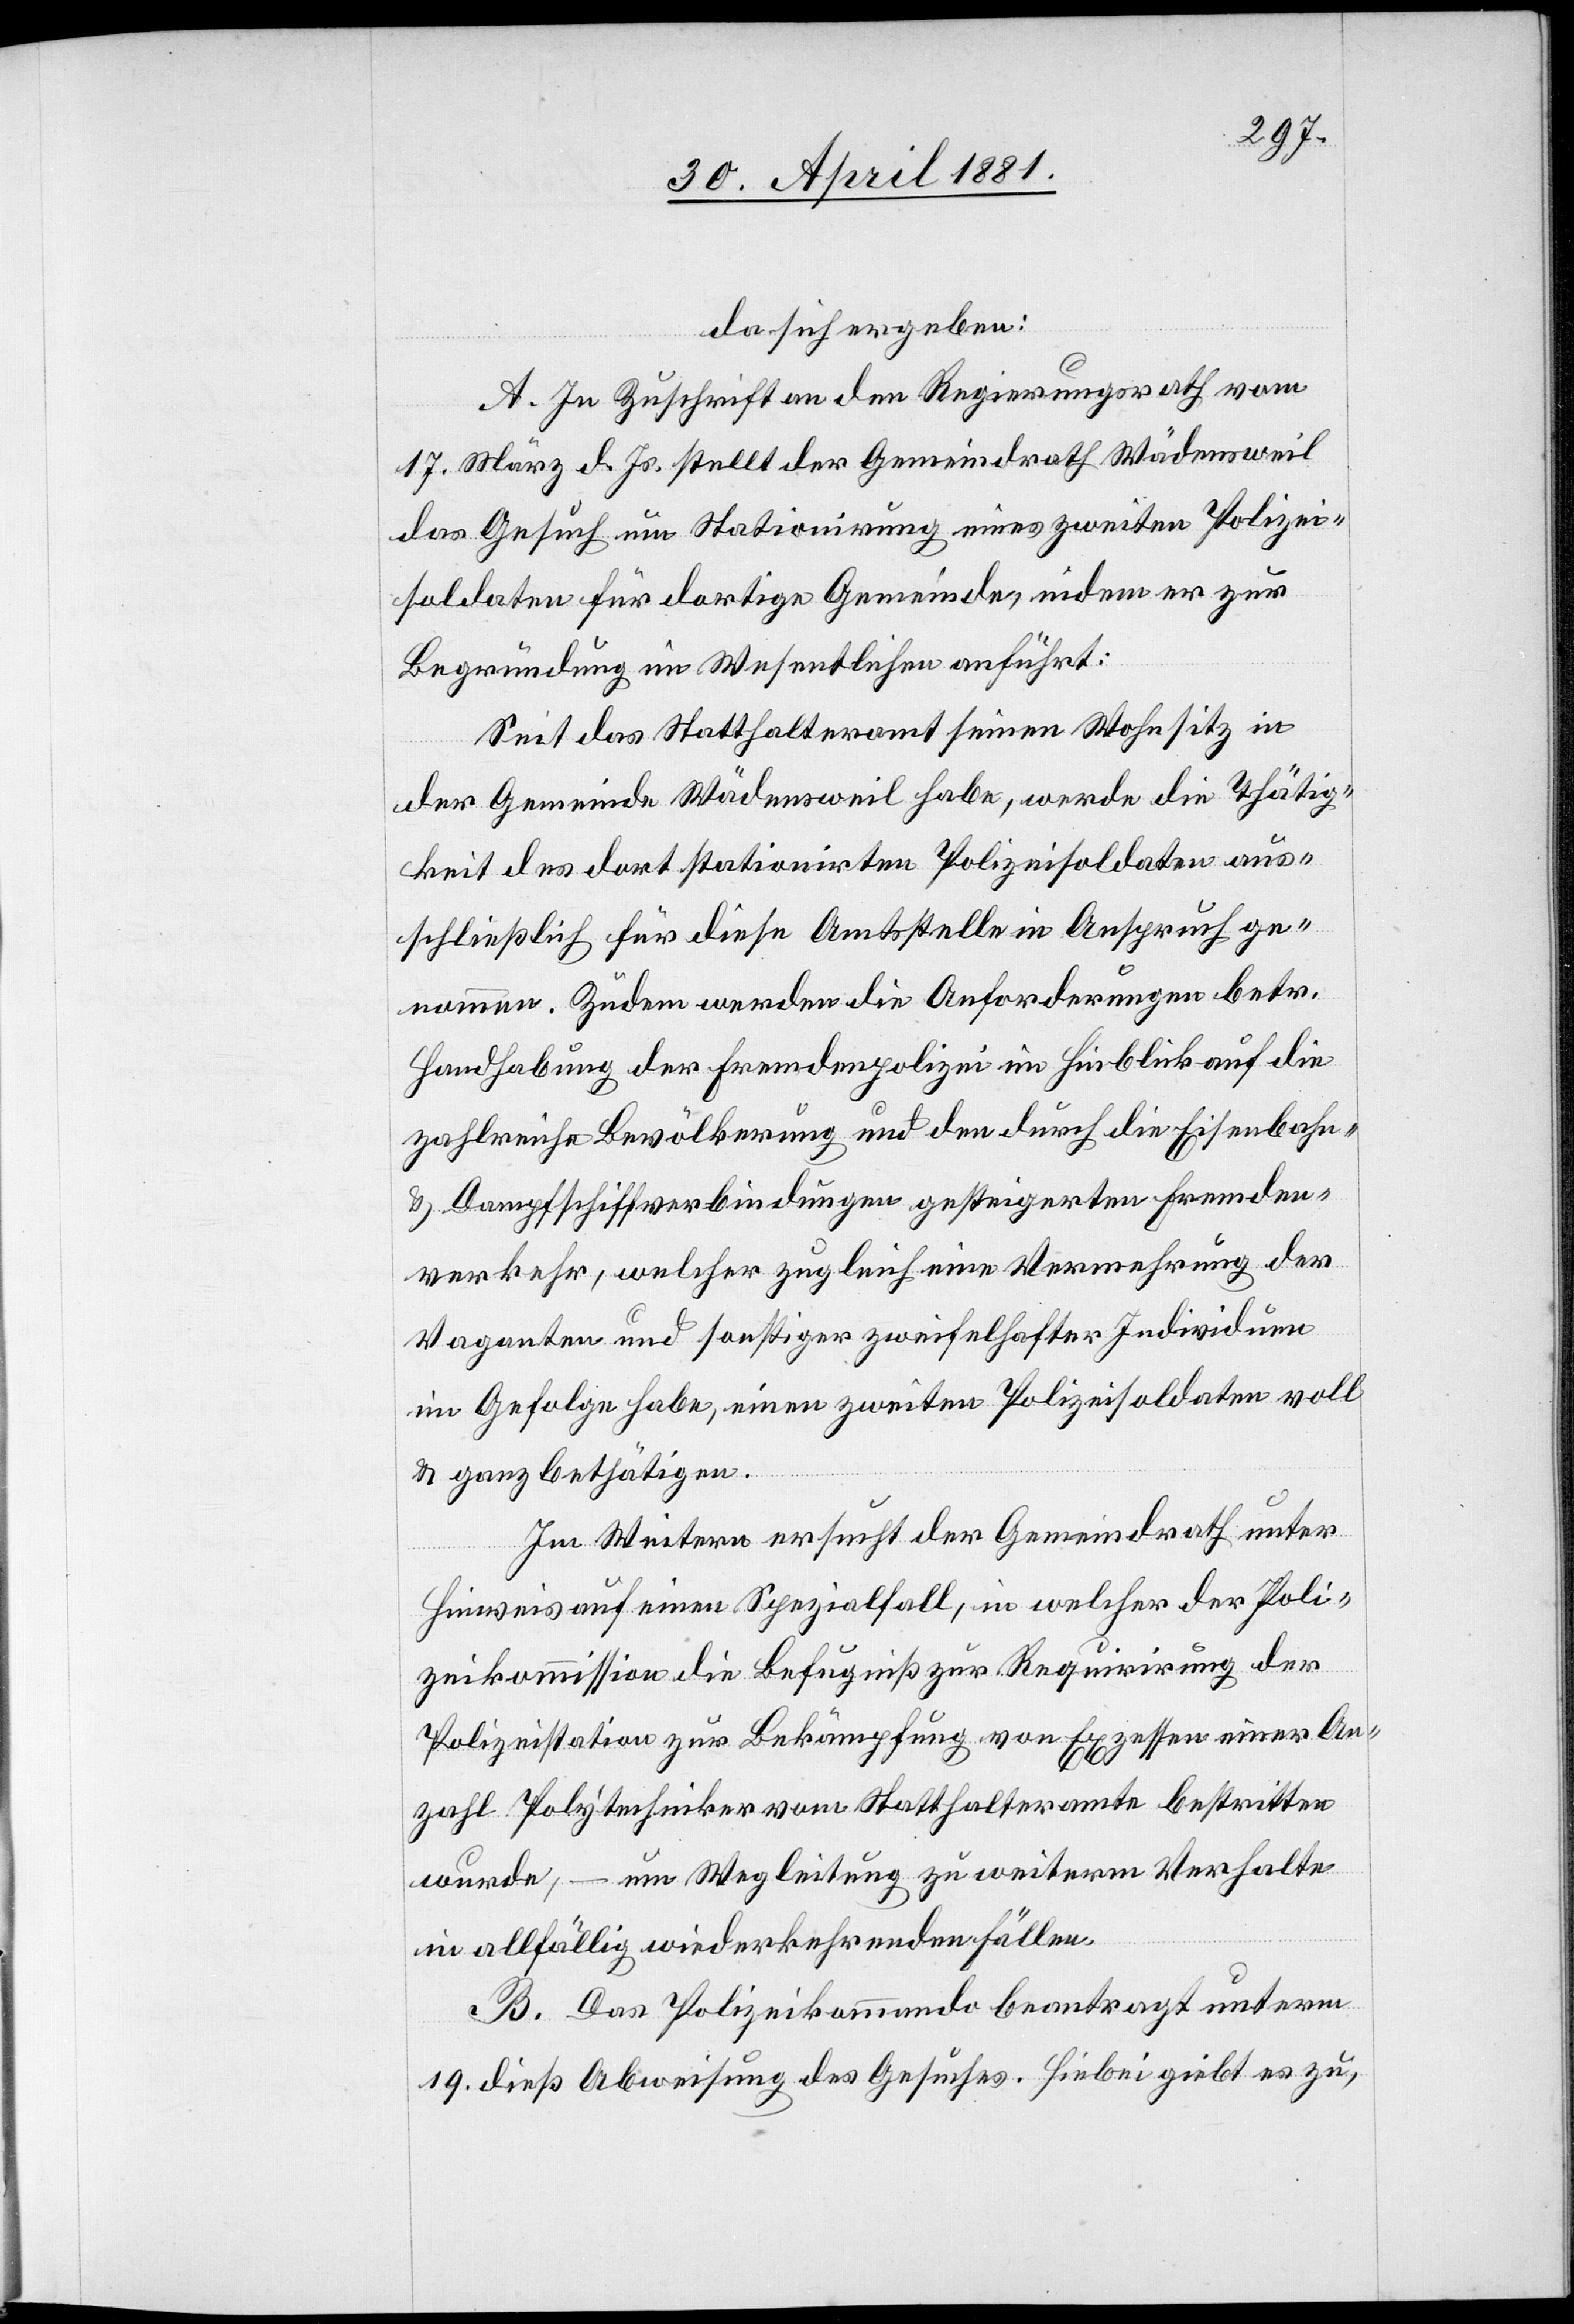
da sich ergeben:
A. In Zuschrift an den Regierungsrath vom
17. März d. Js. stellt der Gemeindrath Wädensweil
das Gesuch um Stationirung eines zweiten Polizei¬
soldaten für dortige Gemeinde, indem er zur
Begründung im Wesentlichen anführt:
Seit das Statthalteramt seinen Wohnsitz in
der Gemeinde Wädensweil habe, werde die Thätig¬
keit des dort stationirten Polizeisoldaten aus¬
schließlich für diese Amtsstelle in Anspruch ge¬
nommen. Zudem werden die Anforderungen betr.
Handhabung der Fremdenpolizei im Hinblick auf die
zahlreiche Bevölkerung und den durch die Eisenbahn-
& Dampfschiffverbindungen gesteigerten Fremden¬
verkehr, welcher zugleich eine Vermehrung der
Vaganten und sonstiger zweifelhafter Individuen
im Gefolge habe, einen zweiten Polizeisoldaten voll
& ganz bestätigen.
Im Weiteren ersucht der Gemeindrath unter
Hinweis auf einen Spezialfall, in welcher der Poli¬
zeikommission die Befugniß zur Requirirung der
Polizeistation zur Bekämpfung von Exzessen einer An¬
zahl Polytechniker vom Statthalteramte bestritten
wurde, – um Wegleitung zu weiterm Verhalte
B. Das Polizeikommando beantragt unterm
19. dieß Abweisung des Gesuches. Hiebei gibt es zu,